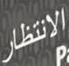
الانتظار